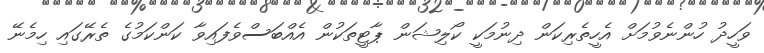
ވަހީދު ހުންނެވުމަށް އެހީތެރިކަން ދިނުމަކީ ކޯލިޝަން ޕާޓީތަކުން އެއްބަސްވެފައިވާ ކަންކަމުގެ ތެރޭގައި ހިމެނޭ